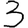
Digit: 3